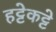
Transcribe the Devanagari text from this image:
हट्टेकट्टे